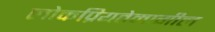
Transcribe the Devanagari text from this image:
लोकप्रियतेमागील